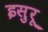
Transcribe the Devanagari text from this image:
इसुरू